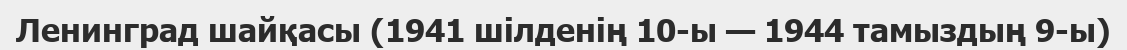
Ленинград шайқасы (1941 шілденің 10-ы — 1944 тамыздың 9-ы)